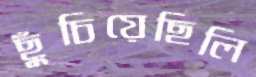
ছুঁচিয়েছিলি